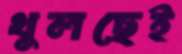
খুলছেই